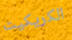
الكريكيت